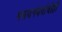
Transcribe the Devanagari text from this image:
मलयगंधर्वाचीही